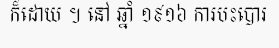
ក៏ដោយ ។ នៅ ឆ្នាំ ១៩១៦ ការបះបោរ